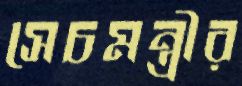
সেচমন্ত্রীর